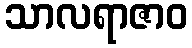
သာလရာဇာဝ